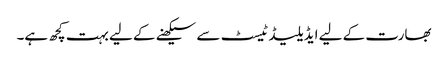
بھارت کے لیے ایڈیلیڈ ٹیسٹ سے سیکھنے کے لیے بہت کچھ ہے۔